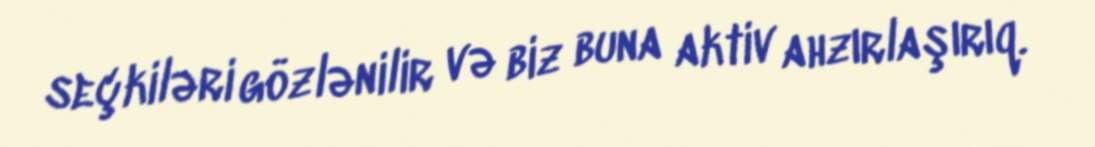
seçkiləri gözlənilir və biz buna aktiv ahzırlaşırıq.